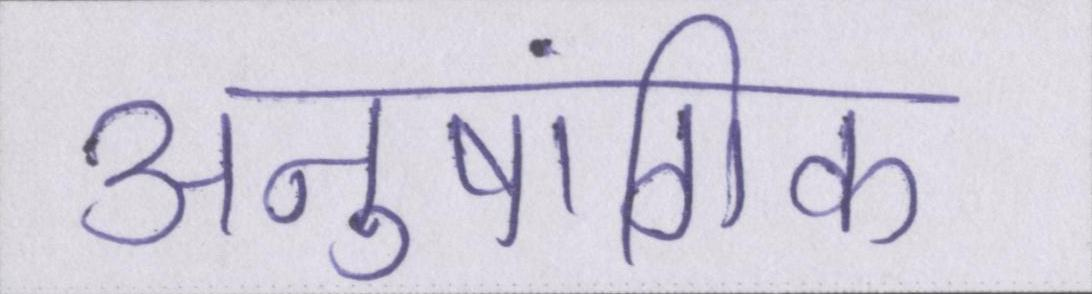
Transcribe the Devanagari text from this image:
अनुषांगिक